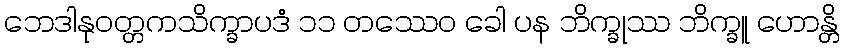
ဘေဒါနုဝတ္တကသိက္ခာပဒံ ၁၁ တဿေဝ ခေါ ပန ဘိက္ခုဿ ဘိက္ခူ ဟောန္တိ